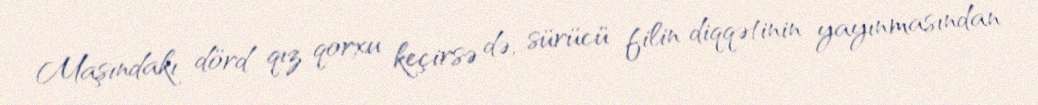
Maşındakı dörd qız qorxu keçirsə də, sürücü filin diqqətinin yayınmasından